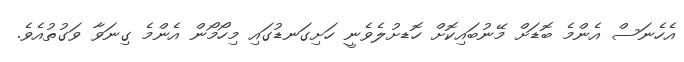
އެހެނަސް އެންމެ ބޮޑަށް މޭނުބައިކޮށް ހޮޑށުލެވެނީ ހަށިގަނޑުގައި މިހޯމޯން އެންމެ ގިނަވާ ވަގުތުއެވެ.